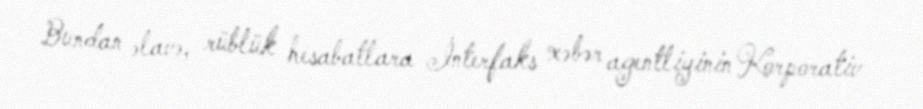
Bundan əlavə, rüblük hesabatlara İnterfaks xəbər agentliyinin Korporativ